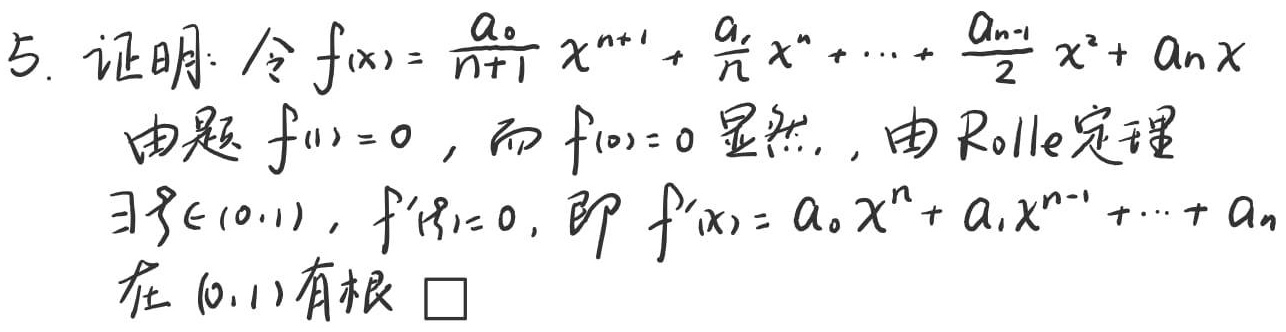
5. 证明：令 \(f(x)=\frac{a_0}{n + 1}x^{n+1}+\frac{a_1}{n}x^{n}+\cdots+\frac{a_{n - 1}}{2}x^{2}+a_nx\)
由题 \(f(1)=0\)，而 \(f(0)=0\) 显然，由 Rolle 定理
\(\exists\xi\in(0,1)\)，\(f'(\xi)=0\)，即 \(f'(x)=a_0x^{n}+a_1x^{n - 1}+\cdots+a_n\)
在 \((0,1)\) 有根 \(\square\)